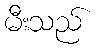
မီးသည်